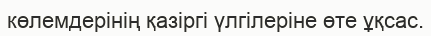
көлемдерінің қазіргі үлгілеріне өте ұқсас.